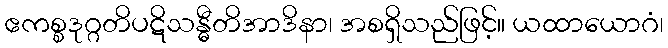
ဧကစ္စဒုဂ္ဂတိပဋိသန္ဓီတိအာဒိနာ၊ အစရှိသည်ဖြင့်။ ယထာယောဂံ၊